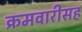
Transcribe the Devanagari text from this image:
क्रमवारीसह